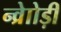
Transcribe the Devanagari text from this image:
न्व्रेाोड़ी